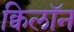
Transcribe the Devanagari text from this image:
क्विलॉन